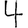
Digit: 4